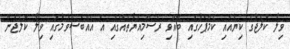
ވިލާ ކޮލެޖުގެ ކިޔުއައި ކެމްޕަހުގައި ބޭއްވި ރަސްމިއްޔާތެއްގައި އެ އެއްބަސްވުމުގައި ވިލާ ކޮލެޖުން